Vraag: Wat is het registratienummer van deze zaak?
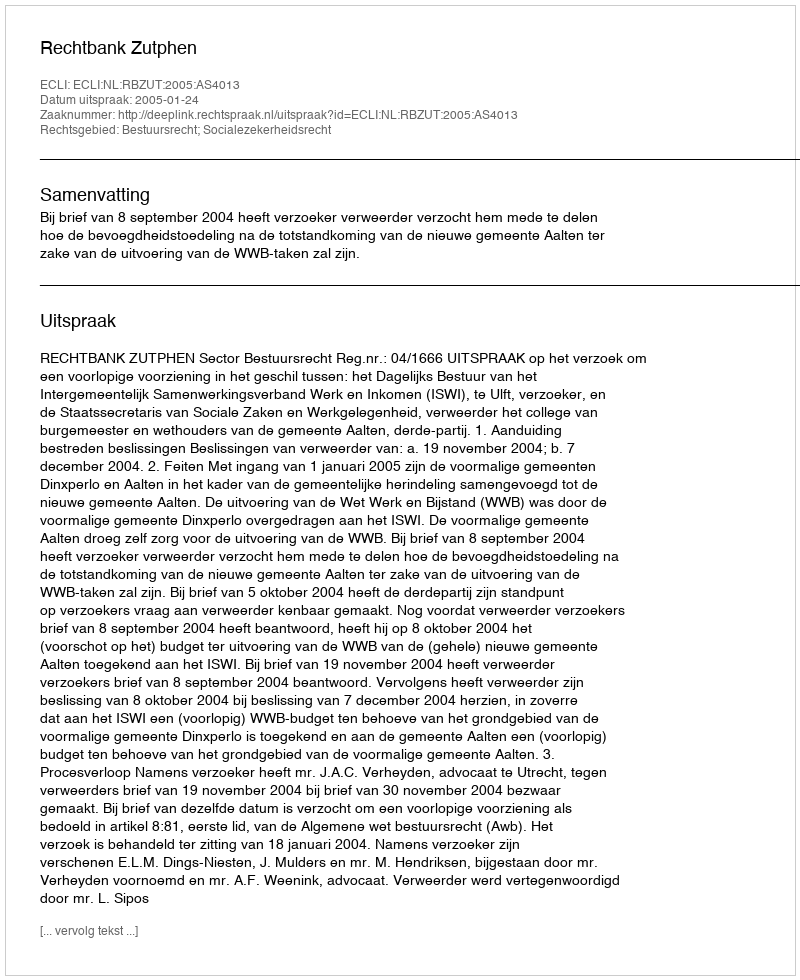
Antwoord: http://deeplink.rechtspraak.nl/uitspraak?id=ECLI:NL:RBZUT:2005:AS4013